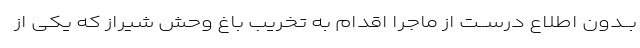
بــدون اطلاع درســت از ماجرا اقدام به تخریب باغ وحش شیراز که یکى از